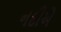
નદીએ